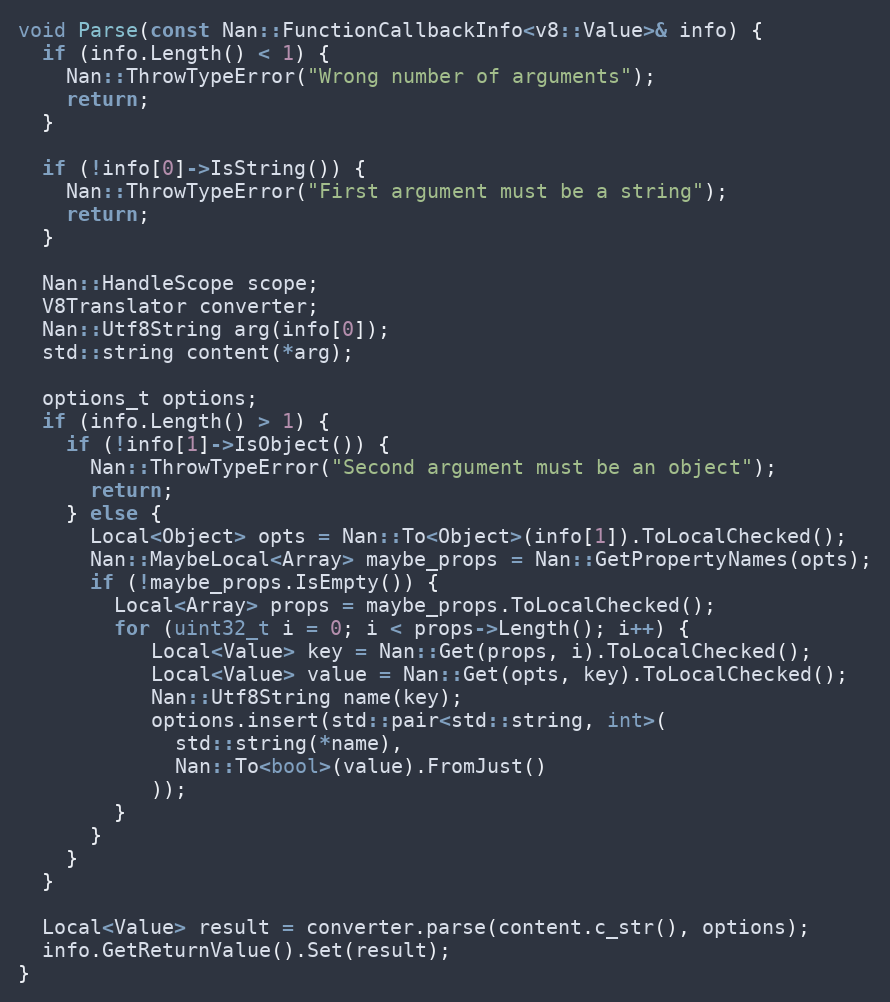
Language: C++
void Parse(const Nan::FunctionCallbackInfo<v8::Value>& info) {
  if (info.Length() < 1) {
    Nan::ThrowTypeError("Wrong number of arguments");
    return;
  }

  if (!info[0]->IsString()) {
    Nan::ThrowTypeError("First argument must be a string");
    return;
  }

  Nan::HandleScope scope;
  V8Translator converter;
  Nan::Utf8String arg(info[0]);
  std::string content(*arg);

  options_t options;
  if (info.Length() > 1) {
    if (!info[1]->IsObject()) {
      Nan::ThrowTypeError("Second argument must be an object");
      return;
    } else {
      Local<Object> opts = Nan::To<Object>(info[1]).ToLocalChecked();
      Nan::MaybeLocal<Array> maybe_props = Nan::GetPropertyNames(opts);
      if (!maybe_props.IsEmpty()) {
        Local<Array> props = maybe_props.ToLocalChecked();
        for (uint32_t i = 0; i < props->Length(); i++) {
           Local<Value> key = Nan::Get(props, i).ToLocalChecked();
           Local<Value> value = Nan::Get(opts, key).ToLocalChecked();
           Nan::Utf8String name(key);
           options.insert(std::pair<std::string, int>(
             std::string(*name),
             Nan::To<bool>(value).FromJust()
           ));
        }
      }
    }
  }

  Local<Value> result = converter.parse(content.c_str(), options);
  info.GetReturnValue().Set(result);
}